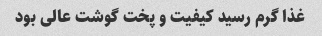
غذا گرم رسید کیفیت و پخت گوشت عالی بود